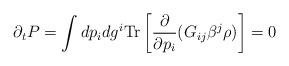
LaTeX: \begin{align*}\partial_t P=\int dp_i dg^i {\rm Tr}\left[{\partial\over\partial p_i}(G_{ij}\beta^j\rho)\right]=0\end{align*}